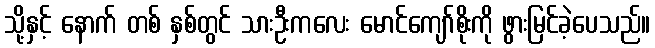
သို့နှင့် နောက် တစ် နှစ်တွင် သားဦးကလေး မောင်ကျော်စိုးကို ဖွားမြင်ခဲ့ပေသည်။